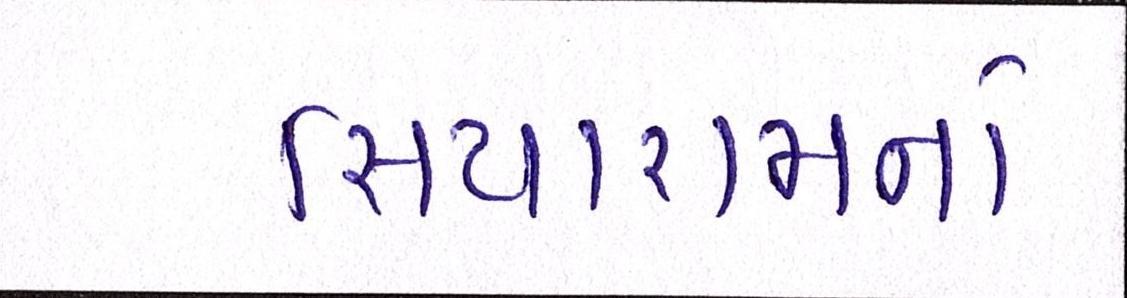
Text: સિયારામનો